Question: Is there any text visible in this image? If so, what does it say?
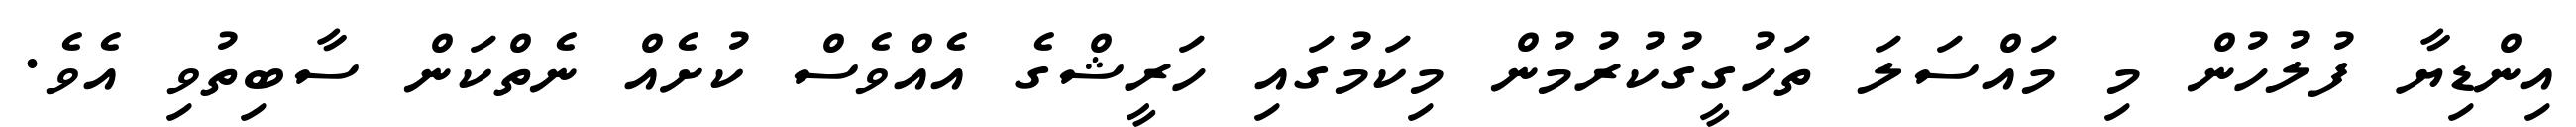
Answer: އިންޑިޔާ ފުލުހުން މި މައްސަލަ ތަހުގީގުކުރުމުން މިކަމުގައި ހަރީޝްގެ އެއްވެސް ކުށެއް ނެތްކަން ސާބިތުވި އެވެ.